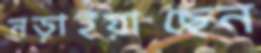
নড়াইয়াছেন